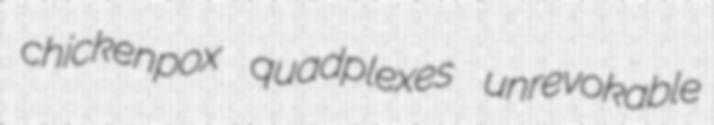
chickenpox quadplexes unrevokable